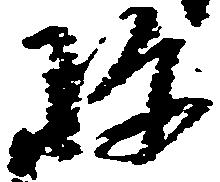
珍